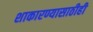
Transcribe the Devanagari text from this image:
शाकारण्यासाठीही